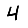
Digit: 4